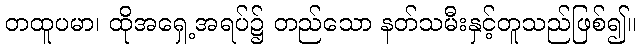
တထူပမာ၊ ထိုအရှေ့အရပ်၌ တည်သော နတ်သမီးနှင့်တူသည်ဖြစ်၍။